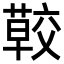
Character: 𦺏